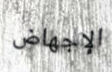
الإجهاض